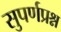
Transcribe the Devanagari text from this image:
सुपर्णप्रश्न